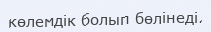
көлемдік болып бөлінеді.